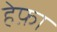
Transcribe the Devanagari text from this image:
हेफ़ा